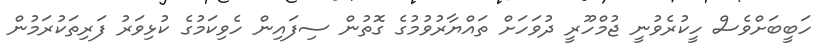
ހަބީބަށްވެސް ހީކުރެވުނީ ޖުމްހޫރީ ދުވަހަށް ތައްޔާރުވުމުގެ ގޮތުން ސިފައިން ހެވިކަމުގެ ކުޅިވަރު ފަރިތަކުރަމުން